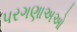
પરગણાઅઓ